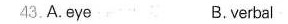
43.A.Eye B.verbal